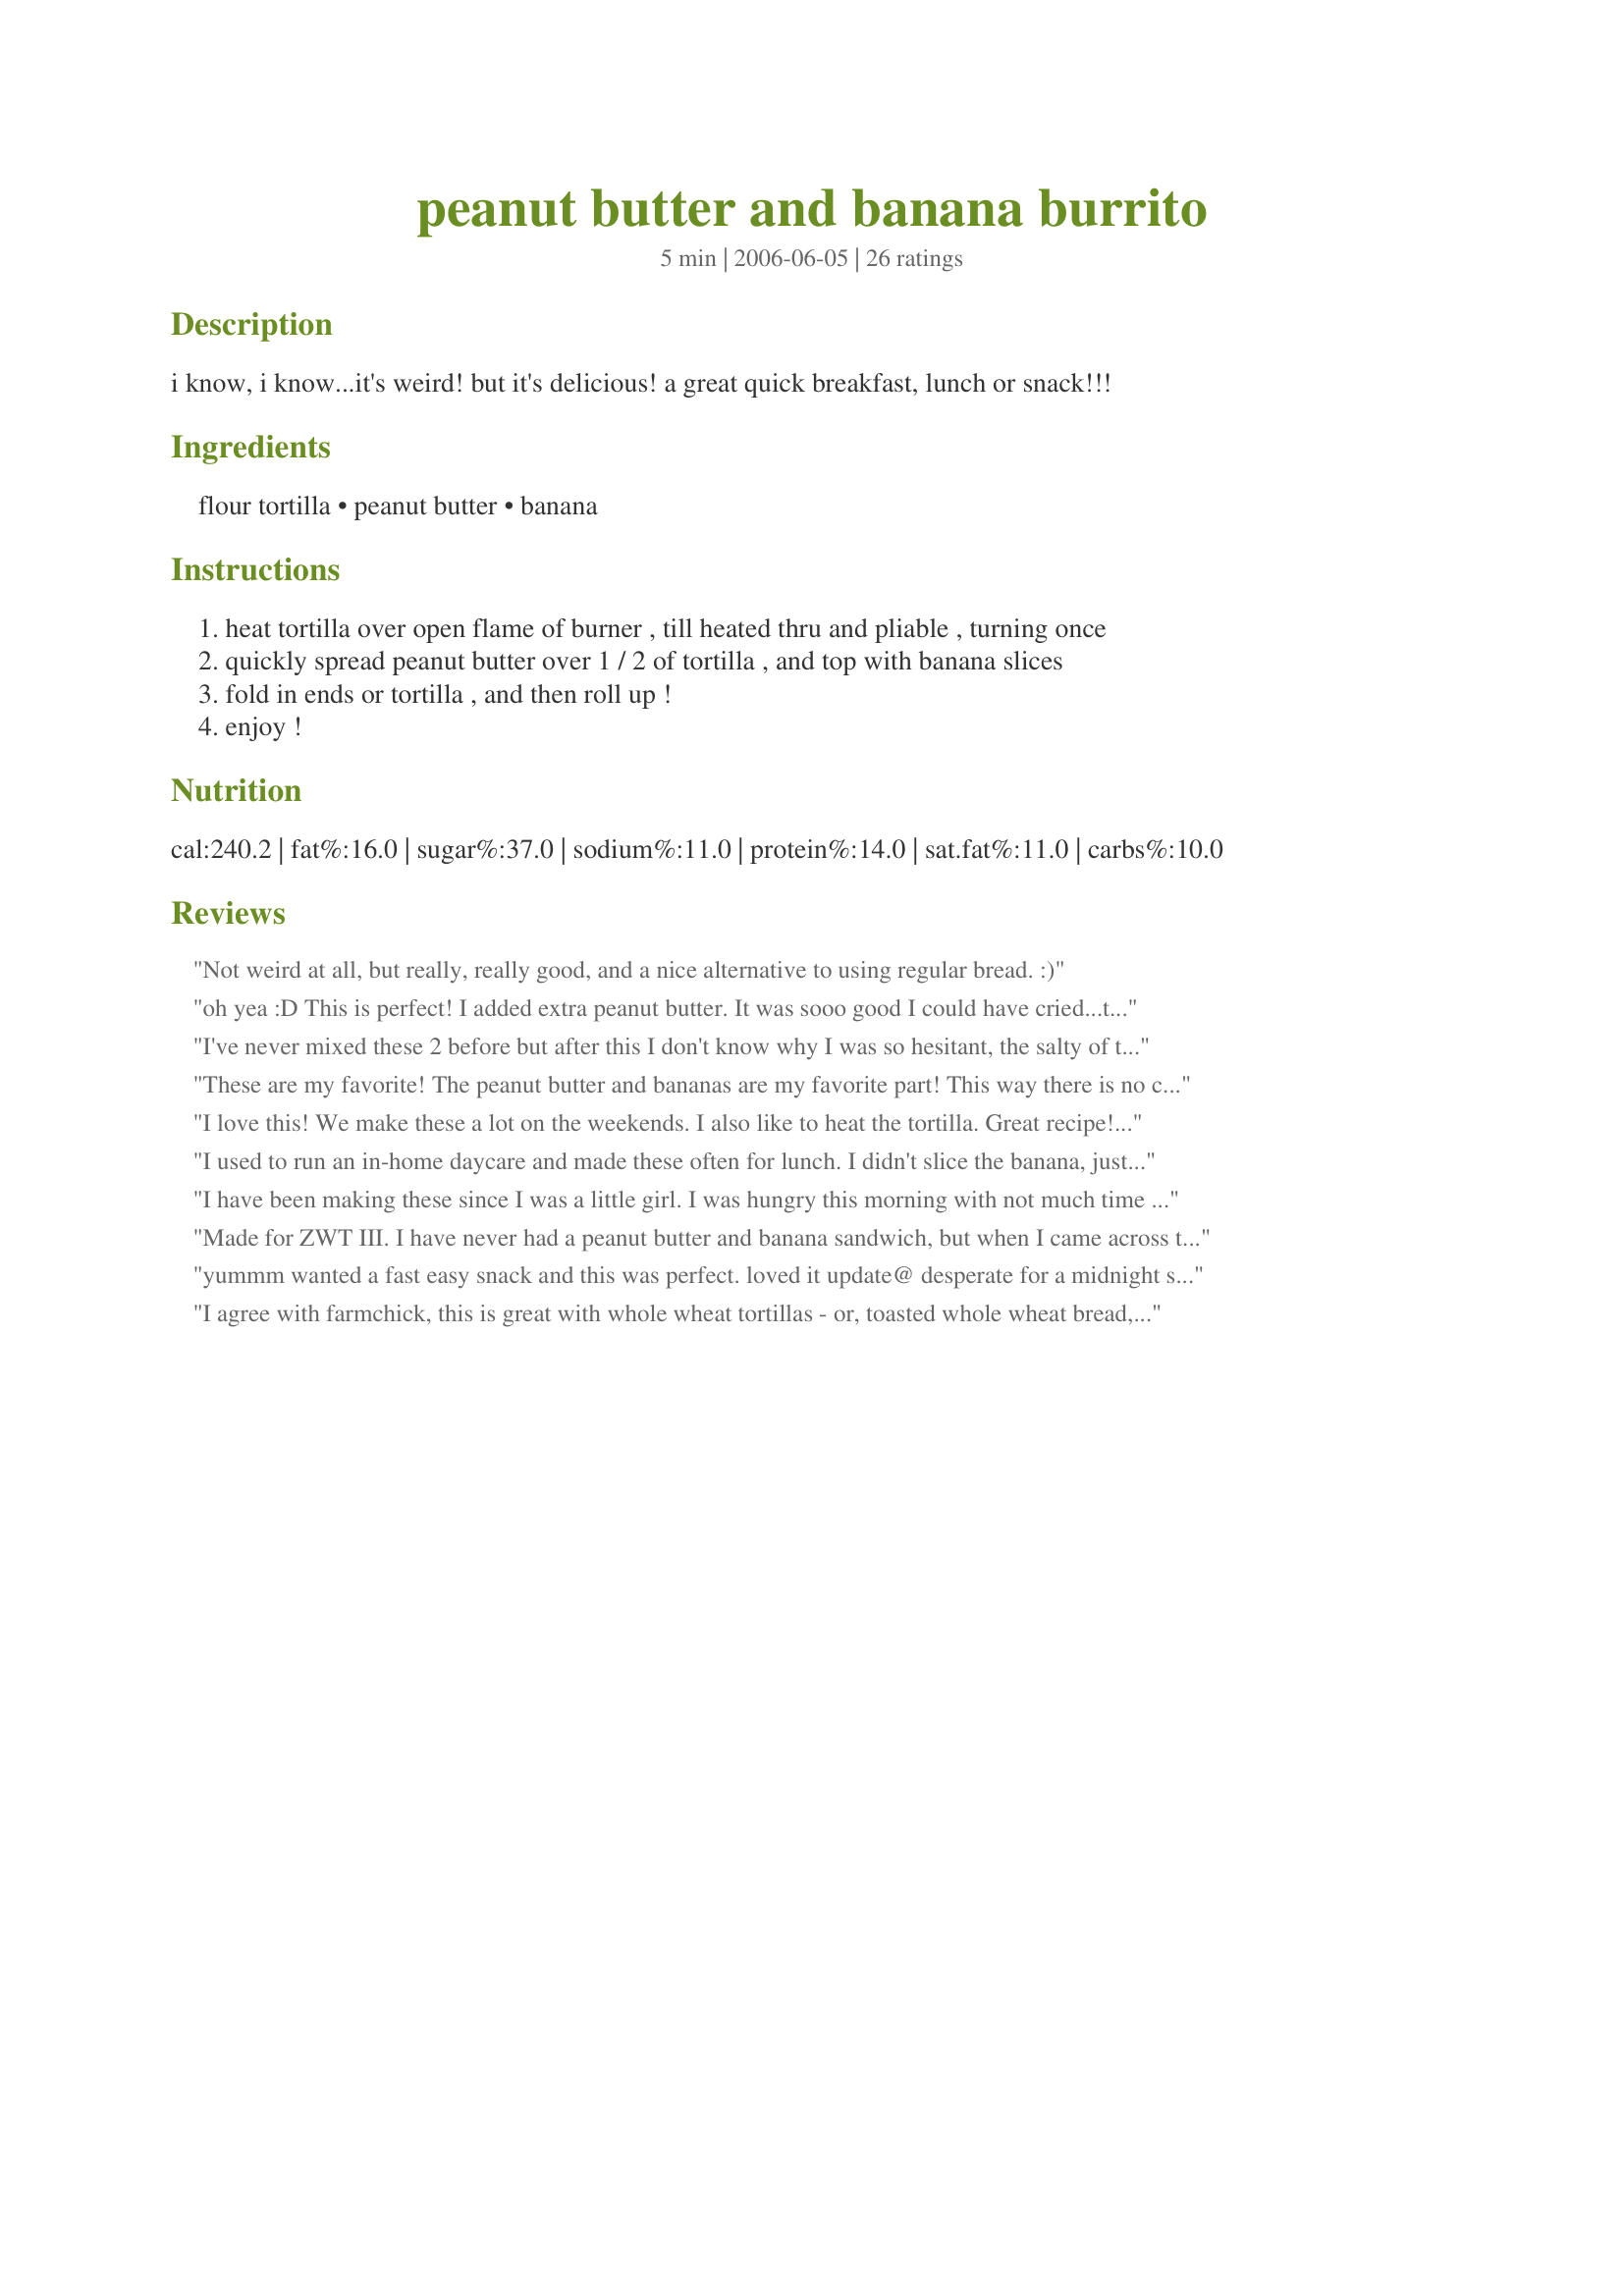
peanut butter and banana burrito
Preparation time: 5 minutes

i know, i know...it's weird! but it's delicious! a great quick breakfast, lunch or snack!!!

Ingredients:
flour tortilla, peanut butter, banana

Steps:
heat tortilla over open flame of burner , till heated thru and pliable , turning once
quickly spread peanut butter over 1 / 2 of tortilla , and top with banana slices
fold in ends or tortilla , and then roll up !
enjoy !

Reviews:
Not weird at all, but really, really good, and a nice alternative to using regular bread. :)
oh yea :D This is perfect! I added extra peanut butter. It was sooo good I could have cried...thankyou
I've never mixed these 2 before but after this I don't know why I was so hesitant, the salty of the peanut butter goes so nicely with the sweet of the banana. I didn't have tortillas so used flat mountain bread which is similar. My 20 month old daughter was also a big fan of this even though she wont normally eat banana so thanks akeeper for us. Made for ZWT III USA
These are my favorite! The peanut butter and bananas are my favorite part! This way there is no crust! I don't like crust so thats good! Thanks Chef!
I love this! We make these a lot on the weekends. I also like to heat the tortilla. Great recipe! Thanks for posting it!
I used to run an in-home daycare and made these often for lunch. I didn't slice the banana, just peeled it and rolled it up whole. The kids (and I) loved them.
I have been making these since I was a little girl. I was hungry this morning with not much time to cook, and this made a super fast, on the go breakfast! I used only 1 Tablespoon chunky pb and loved the crunch. Thank you Captain Charmie.
Made for ZWT III. I have never had a peanut butter and banana sandwich, but when I came across this recipe I knew I had to try it.
I do like to eat peanut butter and honey sandwiches, so I drizzled honey over the bananas before rolling up the burrito. It was fantastic. So easy and such a healthy treat. I will be having these often in the future. Thanks, Charmie777, for such a healthy ad tasty recipe.
yummm wanted a fast easy snack and this was perfect. loved it
update@ desperate for a midnight snack with no work that would satisfy my sweet craving i tried this.oh i had forgotten how great it is
I agree with farmchick, this is great with whole wheat tortillas - or, toasted whole wheat bread, spread with the peanut butter (or nut cream), and with a whole soft ripe banana cut in half and pressed down some to cover the toast. As an extra, you can top with raisins or dates.
This is not weird. It is delicious. I microwaved the tortilla for a few seconds, spread on the peanut butter and drizzled lightly with honey before adding the sliced banana. Served it with a nice cold glass of milk. Thanks Charmie!
I made this snack for my son and he loved it. Thanks Charmie :) Made for I Recommend tag game
I just had this for an afternoon snack. I'm pregnant and seeking healthy snacks. I used to eat peanut butter, honey and bananas on bread growing up and so I was excited to try this on a tortilla. I did add honey - and it brought back childhood memories. Thanks for posting!
Fasten your seatbelts . . . instead of peanut butter I used Nutella! They were out of this world. Such a nice "pick me up" for an after school treat or just anytime when you need a little snack. Will definitely make again!
I have been eating this for years. Since I was born and raised in the southwest I basically think that anything can be made better if you put it in a tortilla, and what could be better than peanut butter and banana? I have to admit that the only thing I do different is to drizzle a little honey on the bananas before I roll it up. Yum! I have this for breakfast at least two times a week.
My kids LOVE this. For breakfast follow the recipe but do use whole wheat tortillas. For desert add honey, chocolate, caramel...strawberries are also a great addition...you can't go wrong.
I made this one day as an afternoon snack for my DS and we loved it! Too bad I hadn't found this recipe sooner!! This is a keeper, Thanks for posting it.
I made this tonight for a late night snack. I accidentally used a whole banana; and I didn't have very good quality tortillas to work with. But it was good anyway. It's something I will definitely keep around and try again with less banana and better tortillas next time. Thanks!
Are you kidding me i LOVE THIS!!!! This is like the best lunch ever. I always have one whole wheat tortilla with all natural peanut butter and then i cut up some bananas and then drizzle some honey and then i let it sit outside in my lunch bag at school and then the honey is all critilized by lunch yummy!!
The kids absolutely loved this...this will be lunch over and over again for them. Made for ZWT 07
I brought this to an early morning gathering and everyone gobbled them up! I used whole wheat tortillas and i added honey....DELICIOUS! I eat them all the time now! Thanks!
great breakfast
This is NOT weird! It is delicious! Made it for breakfast, but it is a great snack for anytime. Thanks!
Mmmm, loved this and it brought back memories of Mexico! We used to get tortillas from the tortillaria, fresh and warm from the oven. I warmed my tortilla over an electric burner and it got quite crisp, so I just spread the peanut butter over the entire thing, added sliced bananas and had myself a treat! Thanks, I haven't had one of these in years!
I made this for breakfast this morning. Very filling, and tasted good, too. I used a cinnamon sugar flavored tortilla (which made the kitchen smell wonderful as it was warming. I think next time I'll try the Nutella version (I bet it's over-the-top!). Thanks for posting!
Great easy breakfast or snack! I love peanut butter and bananas so this was perfect for me. I warmed my tortilla in the microwave and this was ready in a flash - thanks for sharing this recipe! Made for the Top Favorites of 2009 event
